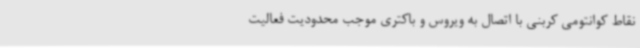
نقاط کوانتومی کربنی با اتصال به ویروس و باکتری موجب محدودیت فعالیت